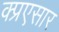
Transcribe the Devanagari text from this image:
क्प्रएसार